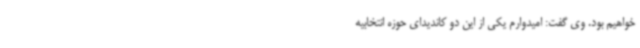
خواهیم بود. وی گفت: امیدوارم یکی از این دو کاندیدای حوزه انتخابیه